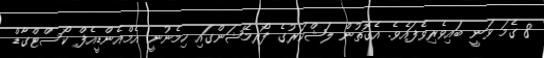
8 ގެމަ ވަނީ ބައިވެރިވެފައެވެ. އެގޮތުން ލަޝްކަރުގެ ފޯރމޭޝަންގައި ހިމެނުނީ އެމްއެންޑީއެފް ކޯސްޓްގާޑް